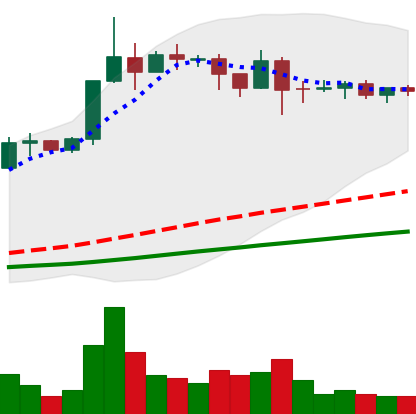
Ticker: ADA-USD
Chart end date: 2019-04-17
Forward return: -6.06%
Label: down_5_7